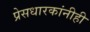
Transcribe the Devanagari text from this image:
प्रेसधारकांनीही